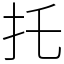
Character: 托